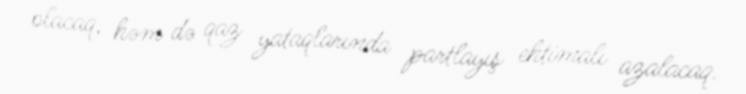
olacaq, həm də qaz yataqlarında partlayış ehtimalı azalacaq.